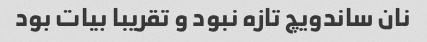
نان ساندویچ تازه نبود و تقریبا بیات بود